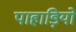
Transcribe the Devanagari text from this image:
पाहाड़ियो